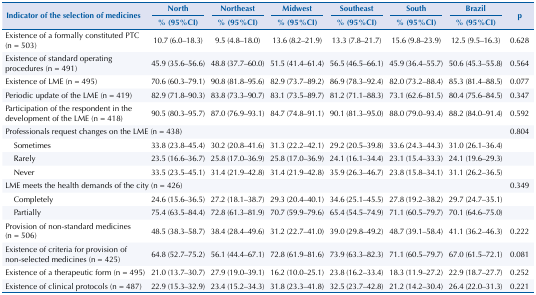
<table><thead><tr><td rowspan="3"><b>Indicator of the selection of medicines</b></td><td><b>North</b></td><td><b>Northeast</b></td><td><b>Midwest</b></td><td><b>Southeast</b></td><td><b>South</b></td><td><b>Brazil</b></td><td rowspan="3"><b>p</b></td></tr><tr><td><b>% (95%CI)</b></td><td><b>% (95%CI)</b></td><td><b>% (95%CI)</b></td><td><b>% (95%CI)</b></td><td><b>% (95%CI)</b></td><td><b>% (95%CI)</b></td></tr></thead><tbody><tr><td>Existence of a formally constituted PTC (n = 503)</td><td>10.7 (6.0–18.3)</td><td>9.5 (4.8–18.0)</td><td>13.6 (8.2–21.9)</td><td>13.3 (7.8–21.7)</td><td>15.6 (9.8–23.9)</td><td>12.5 (9.5–16.3)</td><td>0.628</td></tr><tr><td>Existence of standard operating procedures (n = 491)</td><td>45.9 (35.6–56.6)</td><td>48.8 (37.7–60.0)</td><td>51.5 (41.4–61.4)</td><td>56.5 (46.5–66.1)</td><td>45.9 (36.4–55.7)</td><td>50.6 (45.3–55.8)</td><td>0.564</td></tr><tr><td>Existence of LME (n = 495)</td><td>70.6 (60.3–79.1)</td><td>90.8 (81.8–95.6)</td><td>82.9 (73.7–89.2)</td><td>86.9 (78.3–92.4)</td><td>82.0 (73.2–88.4)</td><td>85.3 (81.4–88.5)</td><td>0.077</td></tr><tr><td>Periodic update of the LME (n = 419)</td><td>82.9 (71.8–90.3)</td><td>83.8 (73.3–90.7)</td><td>83.1 (73.5–89.7)</td><td>81.2 (71.1–88.3)</td><td>73.1 (62.6–81.5)</td><td>80.4 (75.6–84.5)</td><td>0.347</td></tr><tr><td>Participation of the respondent in the development of the LME (n = 418)</td><td>90.5 (80.3–95.7)</td><td>87.0 (76.9–93.1)</td><td>84.7 (74.8–91.1)</td><td>90.1 (81.3–95.0)</td><td>88.0 (79.0–93.4)</td><td>88.2 (84.0–91.4)</td><td>0.592</td></tr><tr><td colspan="4">Professionals request changes on the LME (n = 438)</td><td> </td><td> </td><td> </td><td>0.804</td></tr><tr><td>Sometimes</td><td>33.8 (23.8–45.4)</td><td>30.2 (20.8–41.6)</td><td>31.3 (22.2–42.1)</td><td>29.2 (20.5–39.8)</td><td>33.6 (24.3–44.3)</td><td>31.0 (26.1–36.4)</td><td> </td></tr><tr><td>Rarely</td><td>23.5 (16.6–36.7)</td><td>25.8 (17.0–36.9)</td><td>25.8 (17.0–36.9)</td><td>24.1 (16.1–34.4)</td><td>23.1 (15.4–33.3)</td><td>24.1 (19.6–29.3)</td><td> </td></tr><tr><td>Never</td><td>33.5 (23.5–45.1)</td><td>31.4 (21.9–42.8)</td><td>31.4 (21.9–42.8)</td><td>35.9 (26.3–46.7)</td><td>23.8 (15.8–34.1)</td><td>31.1 (26.2–36.5)</td><td> </td></tr><tr><td colspan="4">LME meets the health demands of the city (n = 426)</td><td> </td><td> </td><td> </td><td>0.349</td></tr><tr><td>Completely</td><td>24.6 (15.6–36.5)</td><td>27.2 (18.1–38.7)</td><td>29.3 (20.4–40.1)</td><td>34.6 (25.1–45.5)</td><td>27.8 (19.2–38.2)</td><td>29.7 (24.7–35.1)</td><td> </td></tr><tr><td>Partially</td><td>75.4 (63.5–84.4)</td><td>72.8 (61.3–81.9)</td><td>70.7 (59.9–79.6)</td><td>65.4 (54.5–74.9)</td><td>71.1 (60.5–79.7)</td><td>70.1 (64.6–75.0)</td><td> </td></tr><tr><td>Provision of non-standard medicines (n = 506)</td><td>48.5 (38.3–58.7)</td><td>38.4 (28.4–49.6)</td><td>31.2 (22.7–41.0)</td><td>39.0 (29.8–49.2)</td><td>48.7 (39.1–58.4)</td><td>41.1 (36.2–46.3)</td><td>0.222</td></tr><tr><td>Existence of criteria for provision of non-selected medicines (n = 425)</td><td>64.8 (52.7–75.2)</td><td>56.1 (44.4–67.1)</td><td>72.8 (61.9–81.6)</td><td>73.9 (63.3–82.3)</td><td>71.1 (60.5–79.7)</td><td>67.0 (61.5–72.1)</td><td>0.081</td></tr><tr><td>Existence of a therapeutic form (n = 495)</td><td>21.0 (13.7–30.7)</td><td>27.9 (19.0–39.1)</td><td>16.2 (10.0–25.1)</td><td>23.8 (16.2–33.4)</td><td>18.3 (11.9–27.2)</td><td>22.9 (18.7–27.7)</td><td>0.252</td></tr><tr><td>Existence of clinical protocols (n = 487)</td><td>22.9 (15.3–32.9)</td><td>23.4 (15.2–34.3)</td><td>31.8 (23.3–41.8)</td><td>32.5 (23.7–42.8)</td><td>21.2 (14.2–30.4)</td><td>26.4 (22.0–31.3)</td><td>0.221</td></tr></tbody></table>